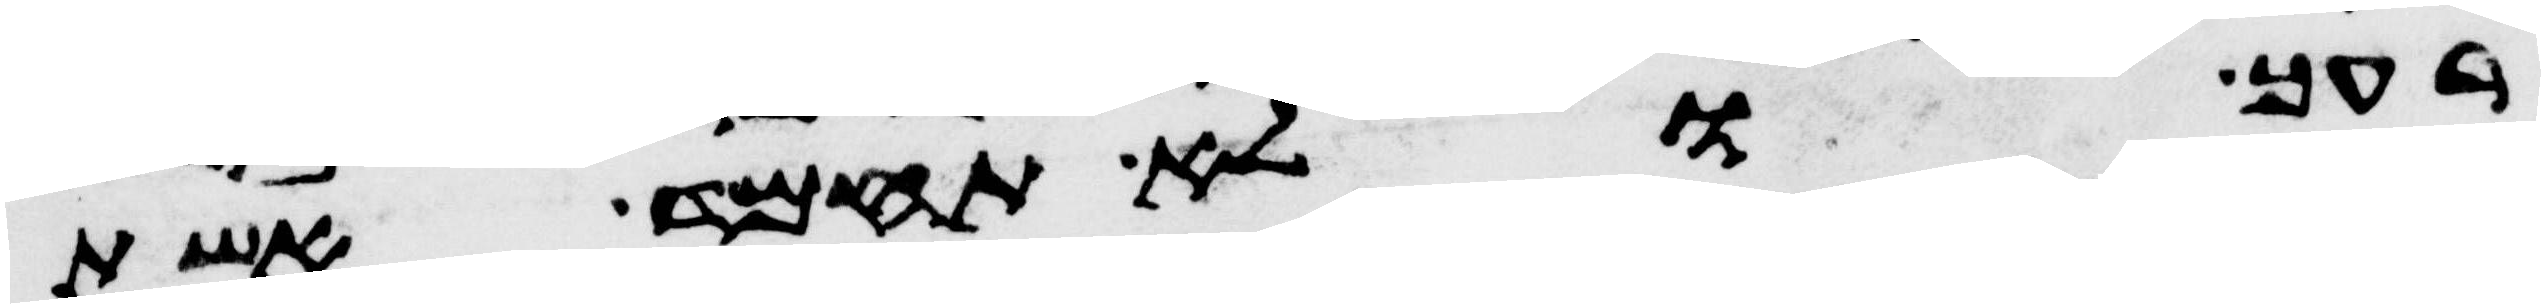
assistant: רעך ולא תחמד אשת